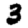
Digit: 3